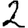
Digit: 2